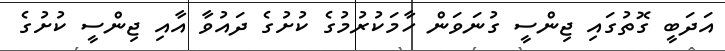
އަދަބީ ގޮތުގައި ޖިންސީ ގުނަވަން ހާމަކުރުމުގެ ކުށުގެ ދައުވާ އާއި ޖިންސީ ކުށުގެ